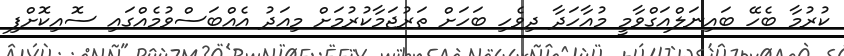
ކުރުމާ ބެހޭ ބައިނަލްއަގްވާމީ މުއާހަދާ ދިވެހި ބަހަށް ތަރުޖަމާކުރުމަށް މިއަދު އެއްބަސްވުމެއްގައި ސޮއިކޮށްފި